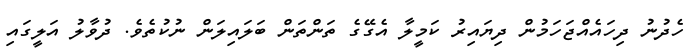
ހެދުނު ދިހައެއްޖަހަމުން ދިޔައިރު ކަމީލާ އެގޭގެ ތަންތަން ބަލައިލަން ނުކުތެވެ. ދުވާލު އަލީގައި